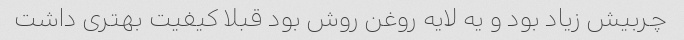
چربیش زیاد بود و یه لایه روغن روش بود قبلا کیفیت بهتری داشت